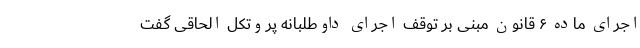
اجرای ماده ۶ قانون مبنی بر توقف اجرای داوطلبانه پروتکل الحاقی گفت